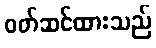
ဝတ်ဆင်ထားသည်